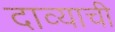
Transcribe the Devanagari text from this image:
दाव्याची